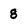
Character: 8